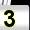
Digit: 3